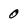
Character: 0